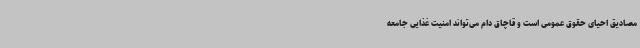
مصادیق احیای حقوق عمومی است و قاچاق دام می‌تواند امنیت غذایی جامعه